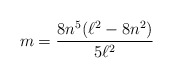
\begin{align*}m=\frac{8n^{5}(\ell ^{2}-8n^{2})}{5\ell ^{2}} \end{align*}